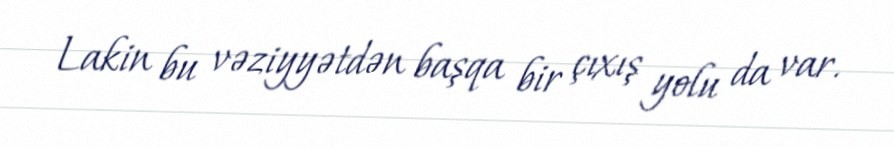
Lakin bu vəziyyətdən başqa bir çıxış yolu da var.